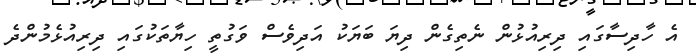
އެ ހާދިސާގައި ދިރިއުޅުން ނެތިގެން ދިޔަ ބަޔަކު އަދިވެސް ވަގުތީ ހިޔާތަކުގައި ދިރިއުޅެމުންދެ